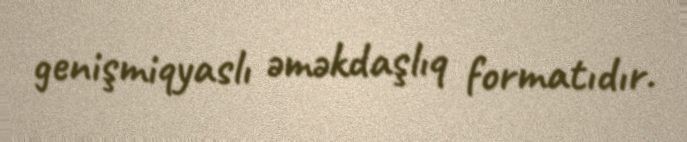
genişmiqyaslı əməkdaşlıq formatıdır.